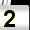
Digit: 2